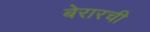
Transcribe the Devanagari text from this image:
बेरारची